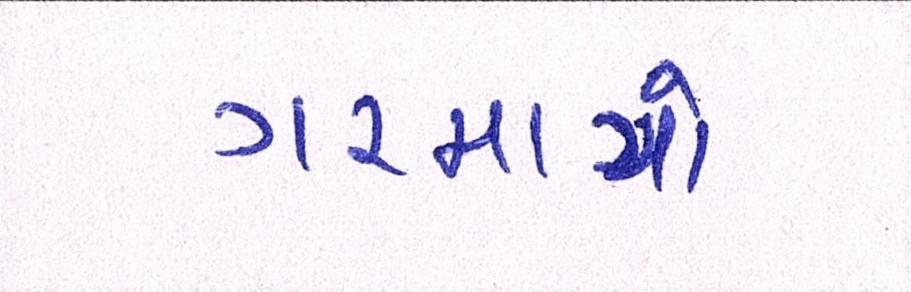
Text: ગરમાયો